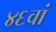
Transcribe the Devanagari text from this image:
४६वां